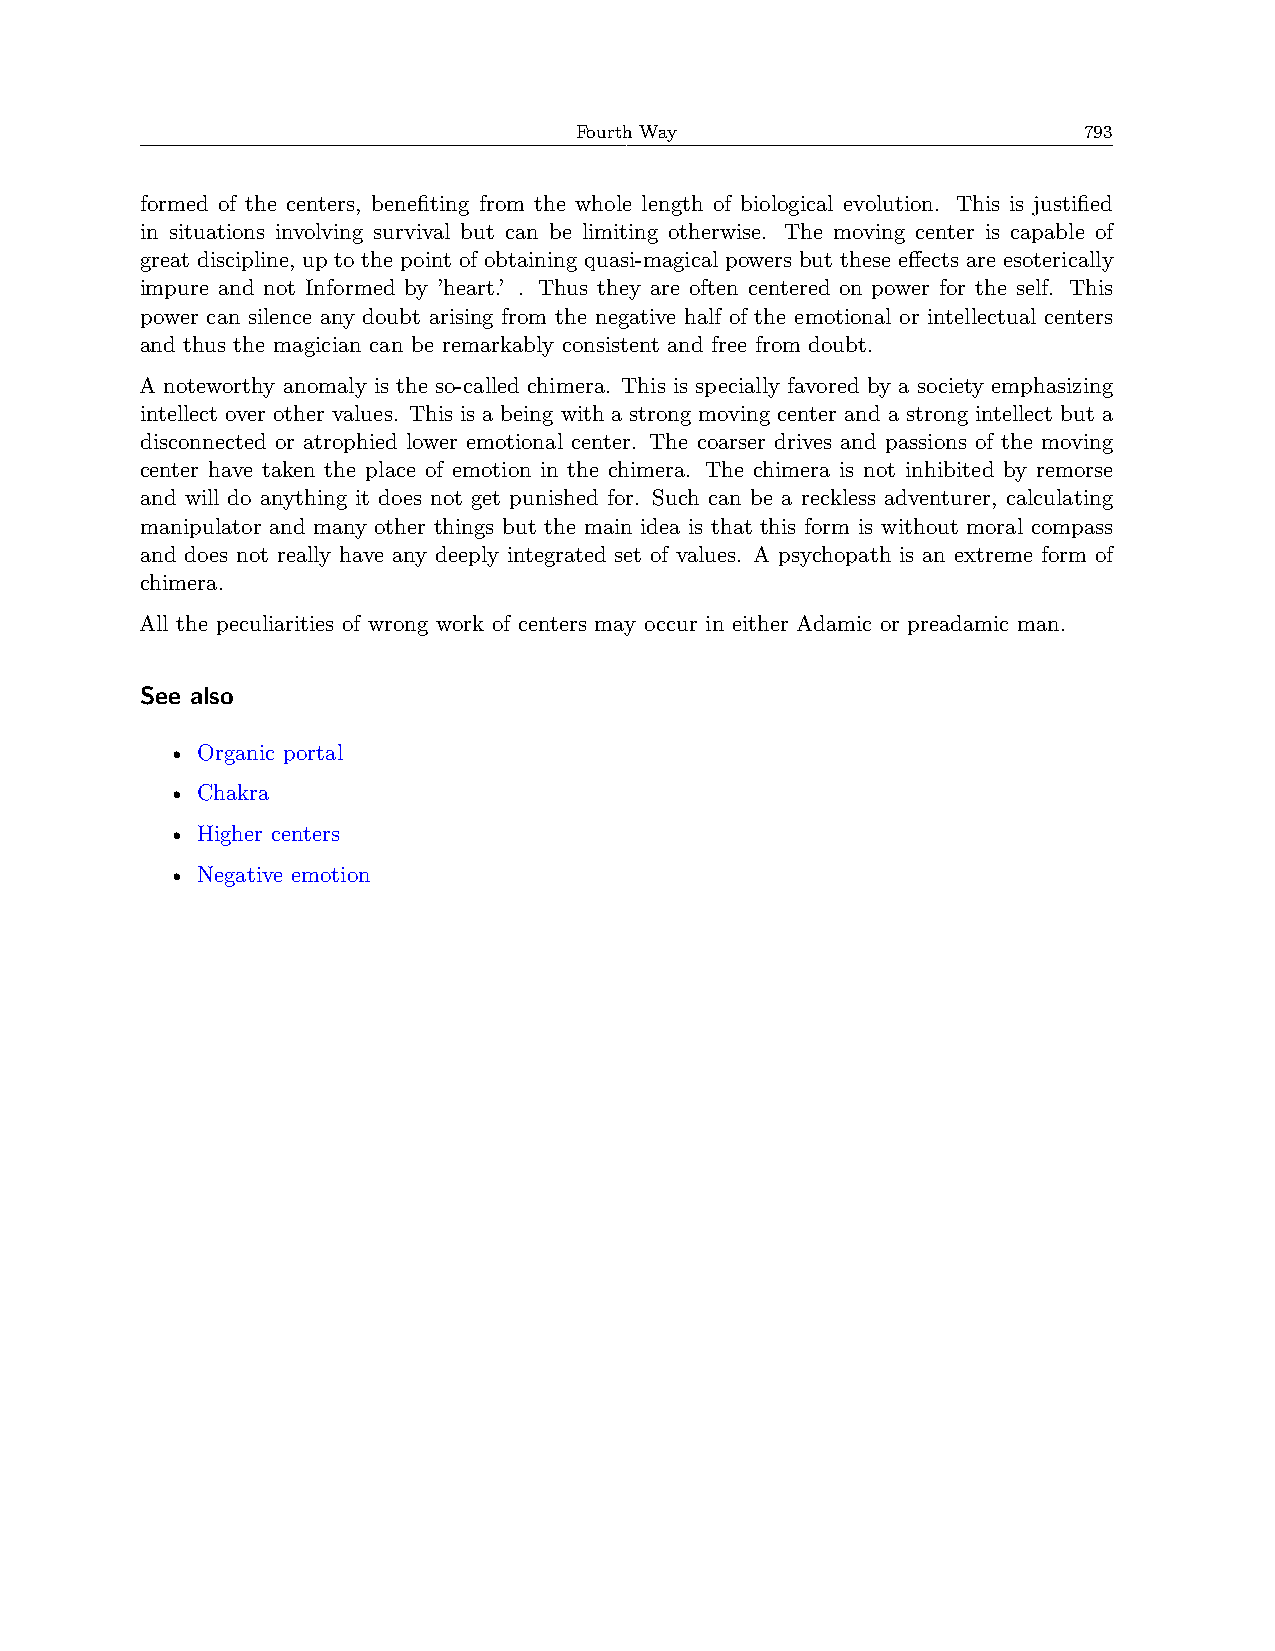
Fourth Way                        793
 formed of the centers, benefiting from the whole length of biological evolution. This is justified
 in situations involving survival but can be limiting otherwise. The moving center is capable of
 great discipline, up to the point of obtaining quasi-magical powers but these effects are esoterically
 impure and not Informed by ’heart.’ . Thus they are often centered on power for the self. This
 power can silence any doubt arising from the negative half of the emotional or intellectual centers
 and thus the magician can be remarkably consistent and free from doubt.
 A noteworthy anomaly is the so-called chimera. This is specially favored by a society emphasizing
 intellect over other values. This is a being with a strong moving center and a strong intellect but a
 disconnected or atrophied lower emotional center. The coarser drives and passions of the moving
 center have taken the place of emotion in the chimera. The chimera is not inhibited by remorse
 and will do anything it does not get punished for. Such can be a reckless adventurer, calculating
 manipulator and many other things but the main idea is that this form is without moral compass
 and does not really have any deeply integrated set of values. A psychopath is an extreme form of
 chimera.
 All the peculiarities of wrong work of centers may occur in either Adamic or preadamic man.
 See also
 • Organic portal
 • Chakra
 • Higher centers
 • Negative emotion